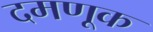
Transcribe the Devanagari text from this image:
दमणूक